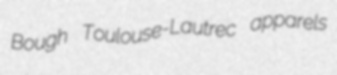
Bough Toulouse-Lautrec apparels